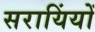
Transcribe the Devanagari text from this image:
सरायिंयों